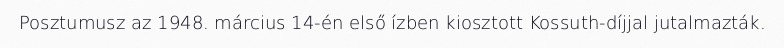
Posztumusz az 1948. március 14-én első ízben kiosztott Kossuth-díjjal jutalmazták.